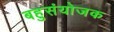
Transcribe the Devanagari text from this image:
बहुसंयोजक